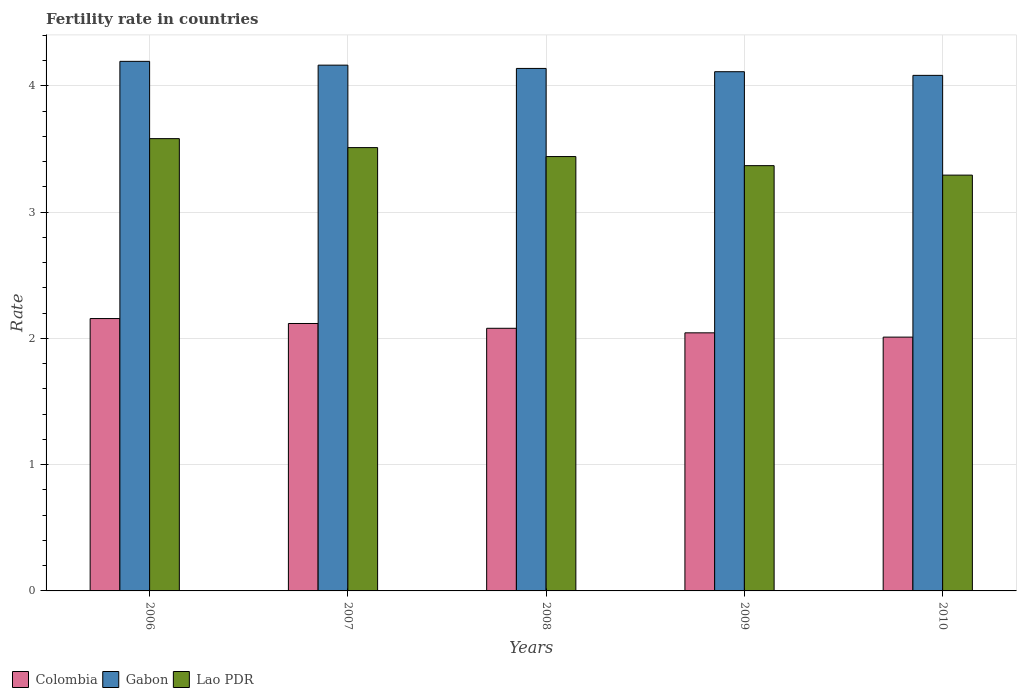
| Years | Colombia | Gabon | Lao PDR |
 | --- | --- | --- | --- |
 | 2006 | 2.16 | 4.19 | 3.58 |
 | 2007 | 2.12 | 4.16 | 3.51 |
 | 2008 | 2.08 | 4.14 | 3.44 |
 | 2009 | 2.04 | 4.11 | 3.37 |
 | 2010 | 2.01 | 4.08 | 3.29 |